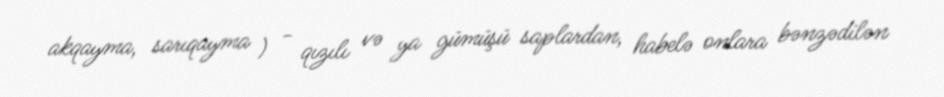
akqayma, sarıqayma ) - qızılı və ya gümüşü saplardan, habelə onlara bənzədilən